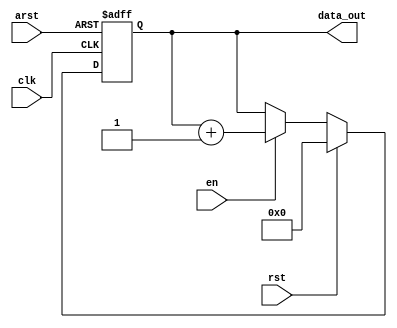
`timescale 1ns / 1ps

module iob_counter
  #(
    parameter DATA_W = 32
    )
   (
    input                   clk,
    input                   arst,
    input                   rst,

    input                   en,
    output reg [DATA_W-1:0] data_out
    );

   always @(posedge clk, posedge arst) begin
      if (arst) begin
         data_out <= {DATA_W{1'b0}};
      end else if (rst) begin
         data_out <= {DATA_W{1'b0}};
      end else if (en) begin
         data_out <= data_out + 1'b1;
      end
   end

endmodule